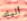
أليك